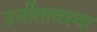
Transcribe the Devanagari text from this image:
उर्जीतावस्था